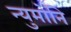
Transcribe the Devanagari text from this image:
न्युमोनि